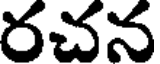
రచన